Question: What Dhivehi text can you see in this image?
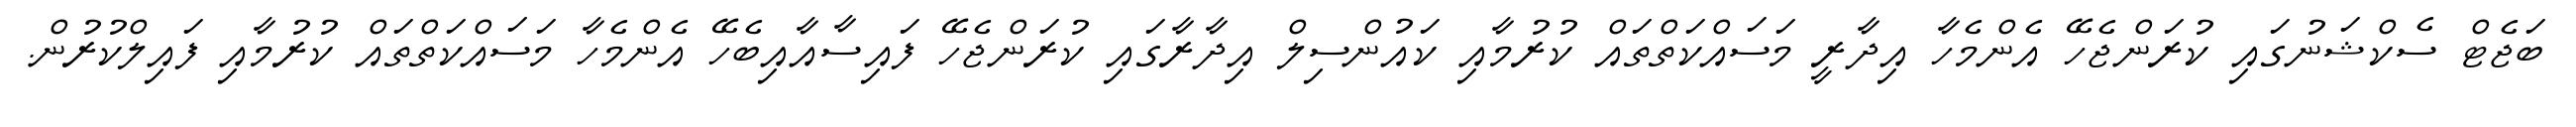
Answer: ބަޖެޓް ސެކްޝަނުގައި ކުރަންޖެހޭ އެންމެހާ އިދާރީ މަސައްކަތްތައް ކުރުމާއި ކައުންސިލް އިދާރާގައި ކުރަންޖެހޭ ފައިސާއާއިބެހޭ އެންމެހާ މަސައްކަތްތައް ކުރުމާއި ފައިލްކުރުން.